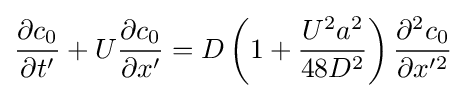
{\frac {\partial c_{0}}{\partial t'}}+U{\frac {\partial c_{0}}{\partial x'}}=D\left(1+{\frac {U^{2}a^{2}}{48D^{2}}}\right){\frac {\partial ^{2}c_{0}}{\partial x'^{2}}}